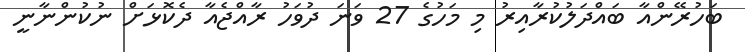
ބަހުރޭންއާ ބައްދަލުކުރާއިރު މި މަހުގެ 27 ވަނަ ދުވަހު ރާއްޖެއާ ދެކޮޅަށް ނުކުންނާނީ